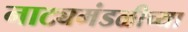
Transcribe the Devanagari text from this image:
नाट्यमंडळीच्या